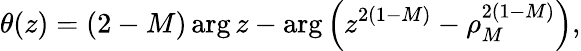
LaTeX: \theta(z)=(2-M)\arg z-\arg\left(z^{2(1-M)}-\rho_{M}^{2(1-M)}\right),